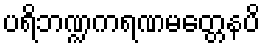
ပရိဘဏ္ဍကရဏမတ္တေနပိ